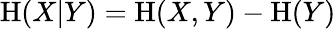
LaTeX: \mathrm{H}(X|Y)=\mathrm{H}(X,Y)-\mathrm{H}(Y)